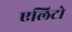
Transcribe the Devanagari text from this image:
एलिटो